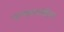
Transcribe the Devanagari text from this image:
पाण्डवपक्षिय